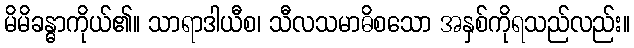
မိမိခန္ဓာကိုယ်၏။ သာရာဒါယီစ၊ သီလသမာဓိစသော အနှစ်ကိုရသည်လည်း။